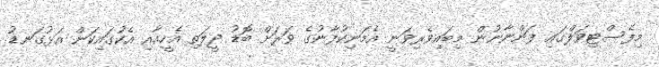
މިފެސްޓިވަލްގައި ފަންނާނުން މިބައިވެރިވަނީ އެމަނިކުފާނުގެ ވަރަށް ބޮޑު ދީލަތި އެހީއާއި އެކުގައިކަން އަޅުގަނޑު